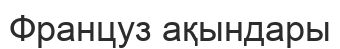
Француз ақындары